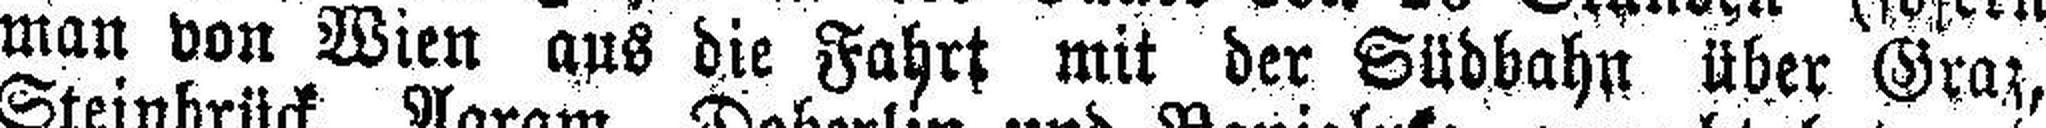
man von Wien aus die Fahrt mit der Südbahn über Graz,